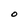
Character: O